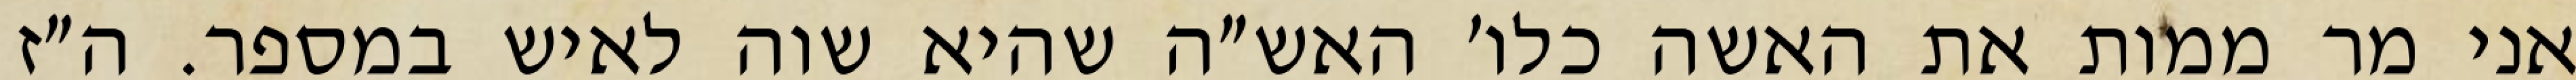
אני מר ממות את האשה כלו׳ האש״ה שהיא שוה לאיש במספר. ה״ז